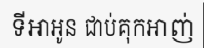
ទីអាអូន ជាប់គុកអាញ់